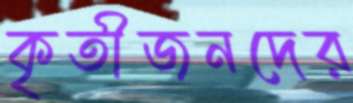
কৃতীজনদের